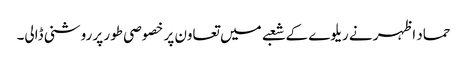
حماد اظہر نے ریلوے کے شعبے میں تعاون پر خصوصی طور پر روشنی ڈالی۔